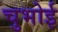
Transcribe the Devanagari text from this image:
चुभोई